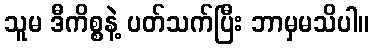
သူမ ဒီကိစ္စနဲ့ ပတ်သက်ပြီး ဘာမှမသိပါ။